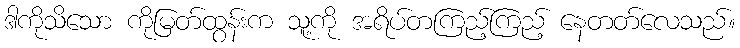
ဒါကိုသိသော ကိုမြတ်ထွန်းက သူ့ကို အရိပ်တကြည့်ကြည့် နေတတ်လေသည်။